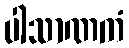
ပါသာဏကံ